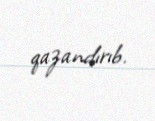
qazandırıb.